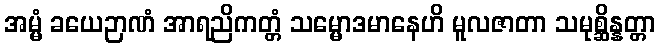
အမ္မံ ခယေဉာဏံ အာရညိကတ္တံ သမ္မောဒမာနေဟိ မူလဇာတာ သမုစ္ဆိန္နတ္တာ